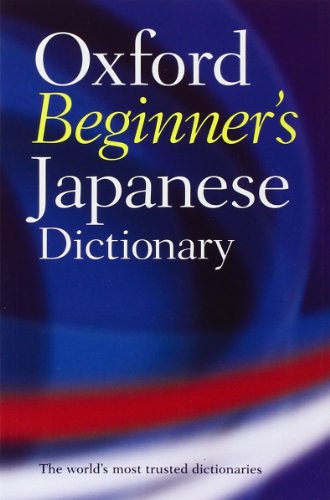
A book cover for Oxford Beginner's Japanese Dictionary; Reference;